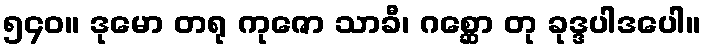
၅၄၀။ ဒုမော တရု ကုဇော သာခီ၊ ဂစ္ဆော တု ခုဒ္ဒပါဒပေါ။